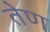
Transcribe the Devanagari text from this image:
तेण